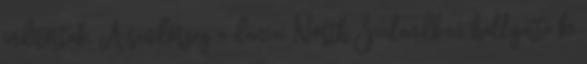
indítottak. A rendőrség a dániai North Zealandban hallgatta ki